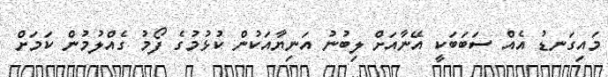
މައިގަނޑު އެއް ސަބަބަކީ އޭނާއަށް ލިބުނު އަނިޔާއަކުން ކުޅުމުގެ ފޯމު ގެއްލުމުން ކަމަށް